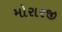
મોરારજી